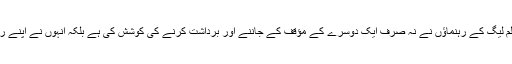
اس کے تحت آل انڈیا کانگریس اور آل انڈیا مسلم لیگ کے رہنماؤں نے نہ صرف ایک دوسرے کے مؤقف کے جاننے اور برداشت کرنے کی کوشش کی ہے بلکہ انہوں نے اپنے رویوں میں بھی خاصی لچک کا مظاہرہ کیا ہے۔